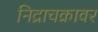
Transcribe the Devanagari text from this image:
निद्राचक्रावर